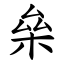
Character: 㕖